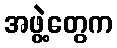
အဖွဲ့တွေက